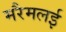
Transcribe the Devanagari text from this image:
मरैमलई